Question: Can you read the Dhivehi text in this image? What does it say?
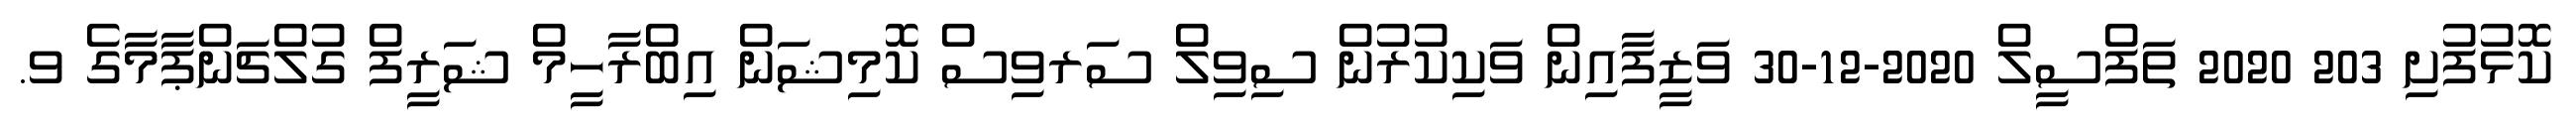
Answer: ކޮޅުފުށި 203 2020 ތަފްސީލް 2020-12-30 ވަޒީފާއިން ވަކިކުރުން ސިވިލް ސަރވިސް ކޮމިޝަން އިބްރާހީމް ޝަރީފް ގުލްޗަންޕާމާގެ ވ.